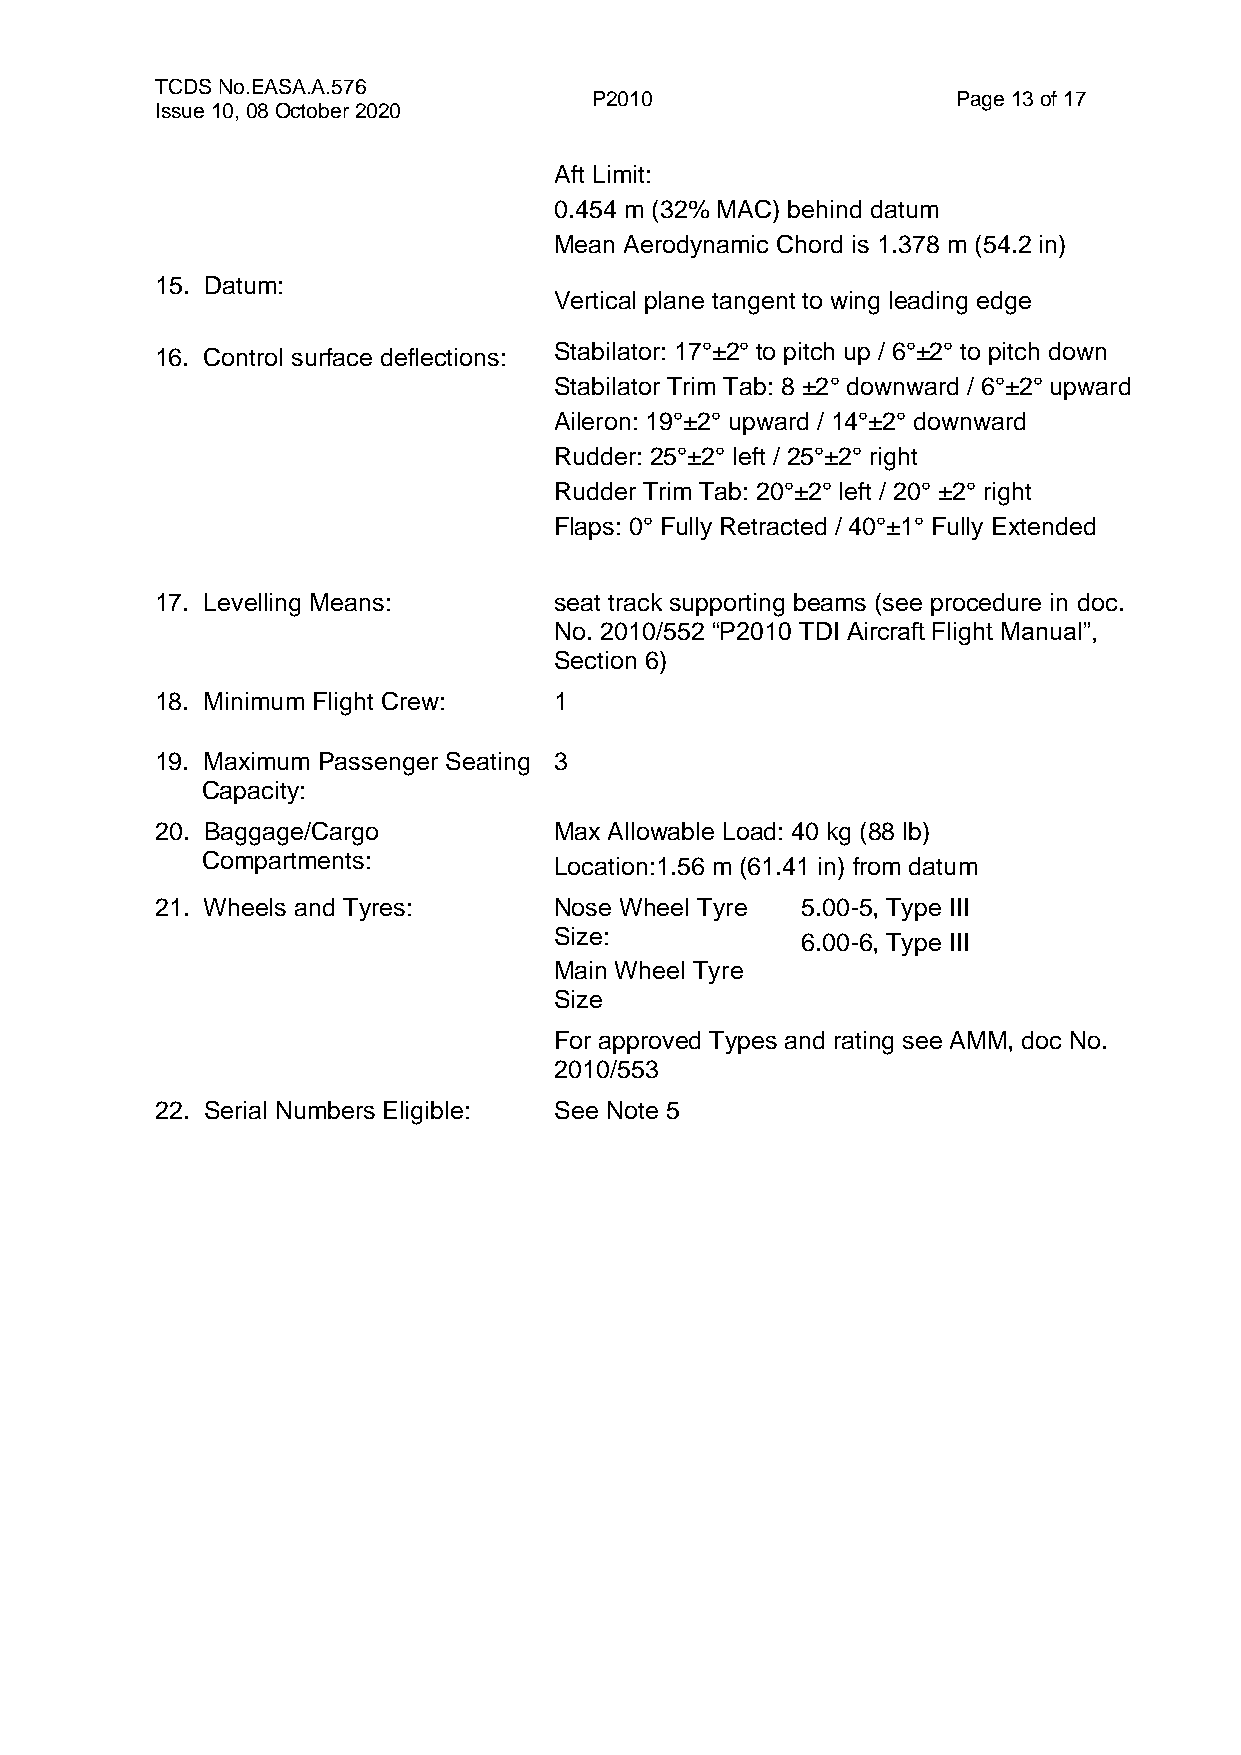
TCDS No.EASA.A.576
 P2010                   Page 13 of 17
 Issue 10, 08 October 2020
 Aft Limit:
 0.454 m (32% MAC) behind datum
 Mean Aerodynamic Chord is 1.378 m (54.2 in)
 15. Datum:
 Vertical plane tangent to wing leading edge
 16. Control surface deflections: Stabilator: 17°±2° to pitch up / 6°±2° to pitch down
 Stabilator Trim Tab: 8 ±2° downward / 6°±2° upward
 Aileron: 19°±2° upward / 14°±2° downward
 Rudder: 25°±2° left / 25°±2° right
 Rudder Trim Tab: 20°±2° left / 20° ±2° right
 Flaps: 0° Fully Retracted / 40°±1° Fully Extended
 17. Levelling Means:       seat track supporting beams (see procedure in doc.
 No. 2010/552 “P2010 TDI Aircraft Flight Manual”,
 Section 6)
 18. Minimum Flight Crew:   1
 19. Maximum Passenger Seating 3
 Capacity:
 20. Baggage/Cargo          Max Allowable Load: 40 kg (88 lb)
 Compartments:           Location:1.56 m (61.41 in) from datum
 21. Wheels and Tyres:      Nose Wheel Tyre 5.00-5, Type III
 Size:           6.00-6, Type III
 Main Wheel Tyre
 Size
 For approved Types and rating see AMM, doc No.
 2010/553
 22. Serial Numbers Eligible: See Note 5